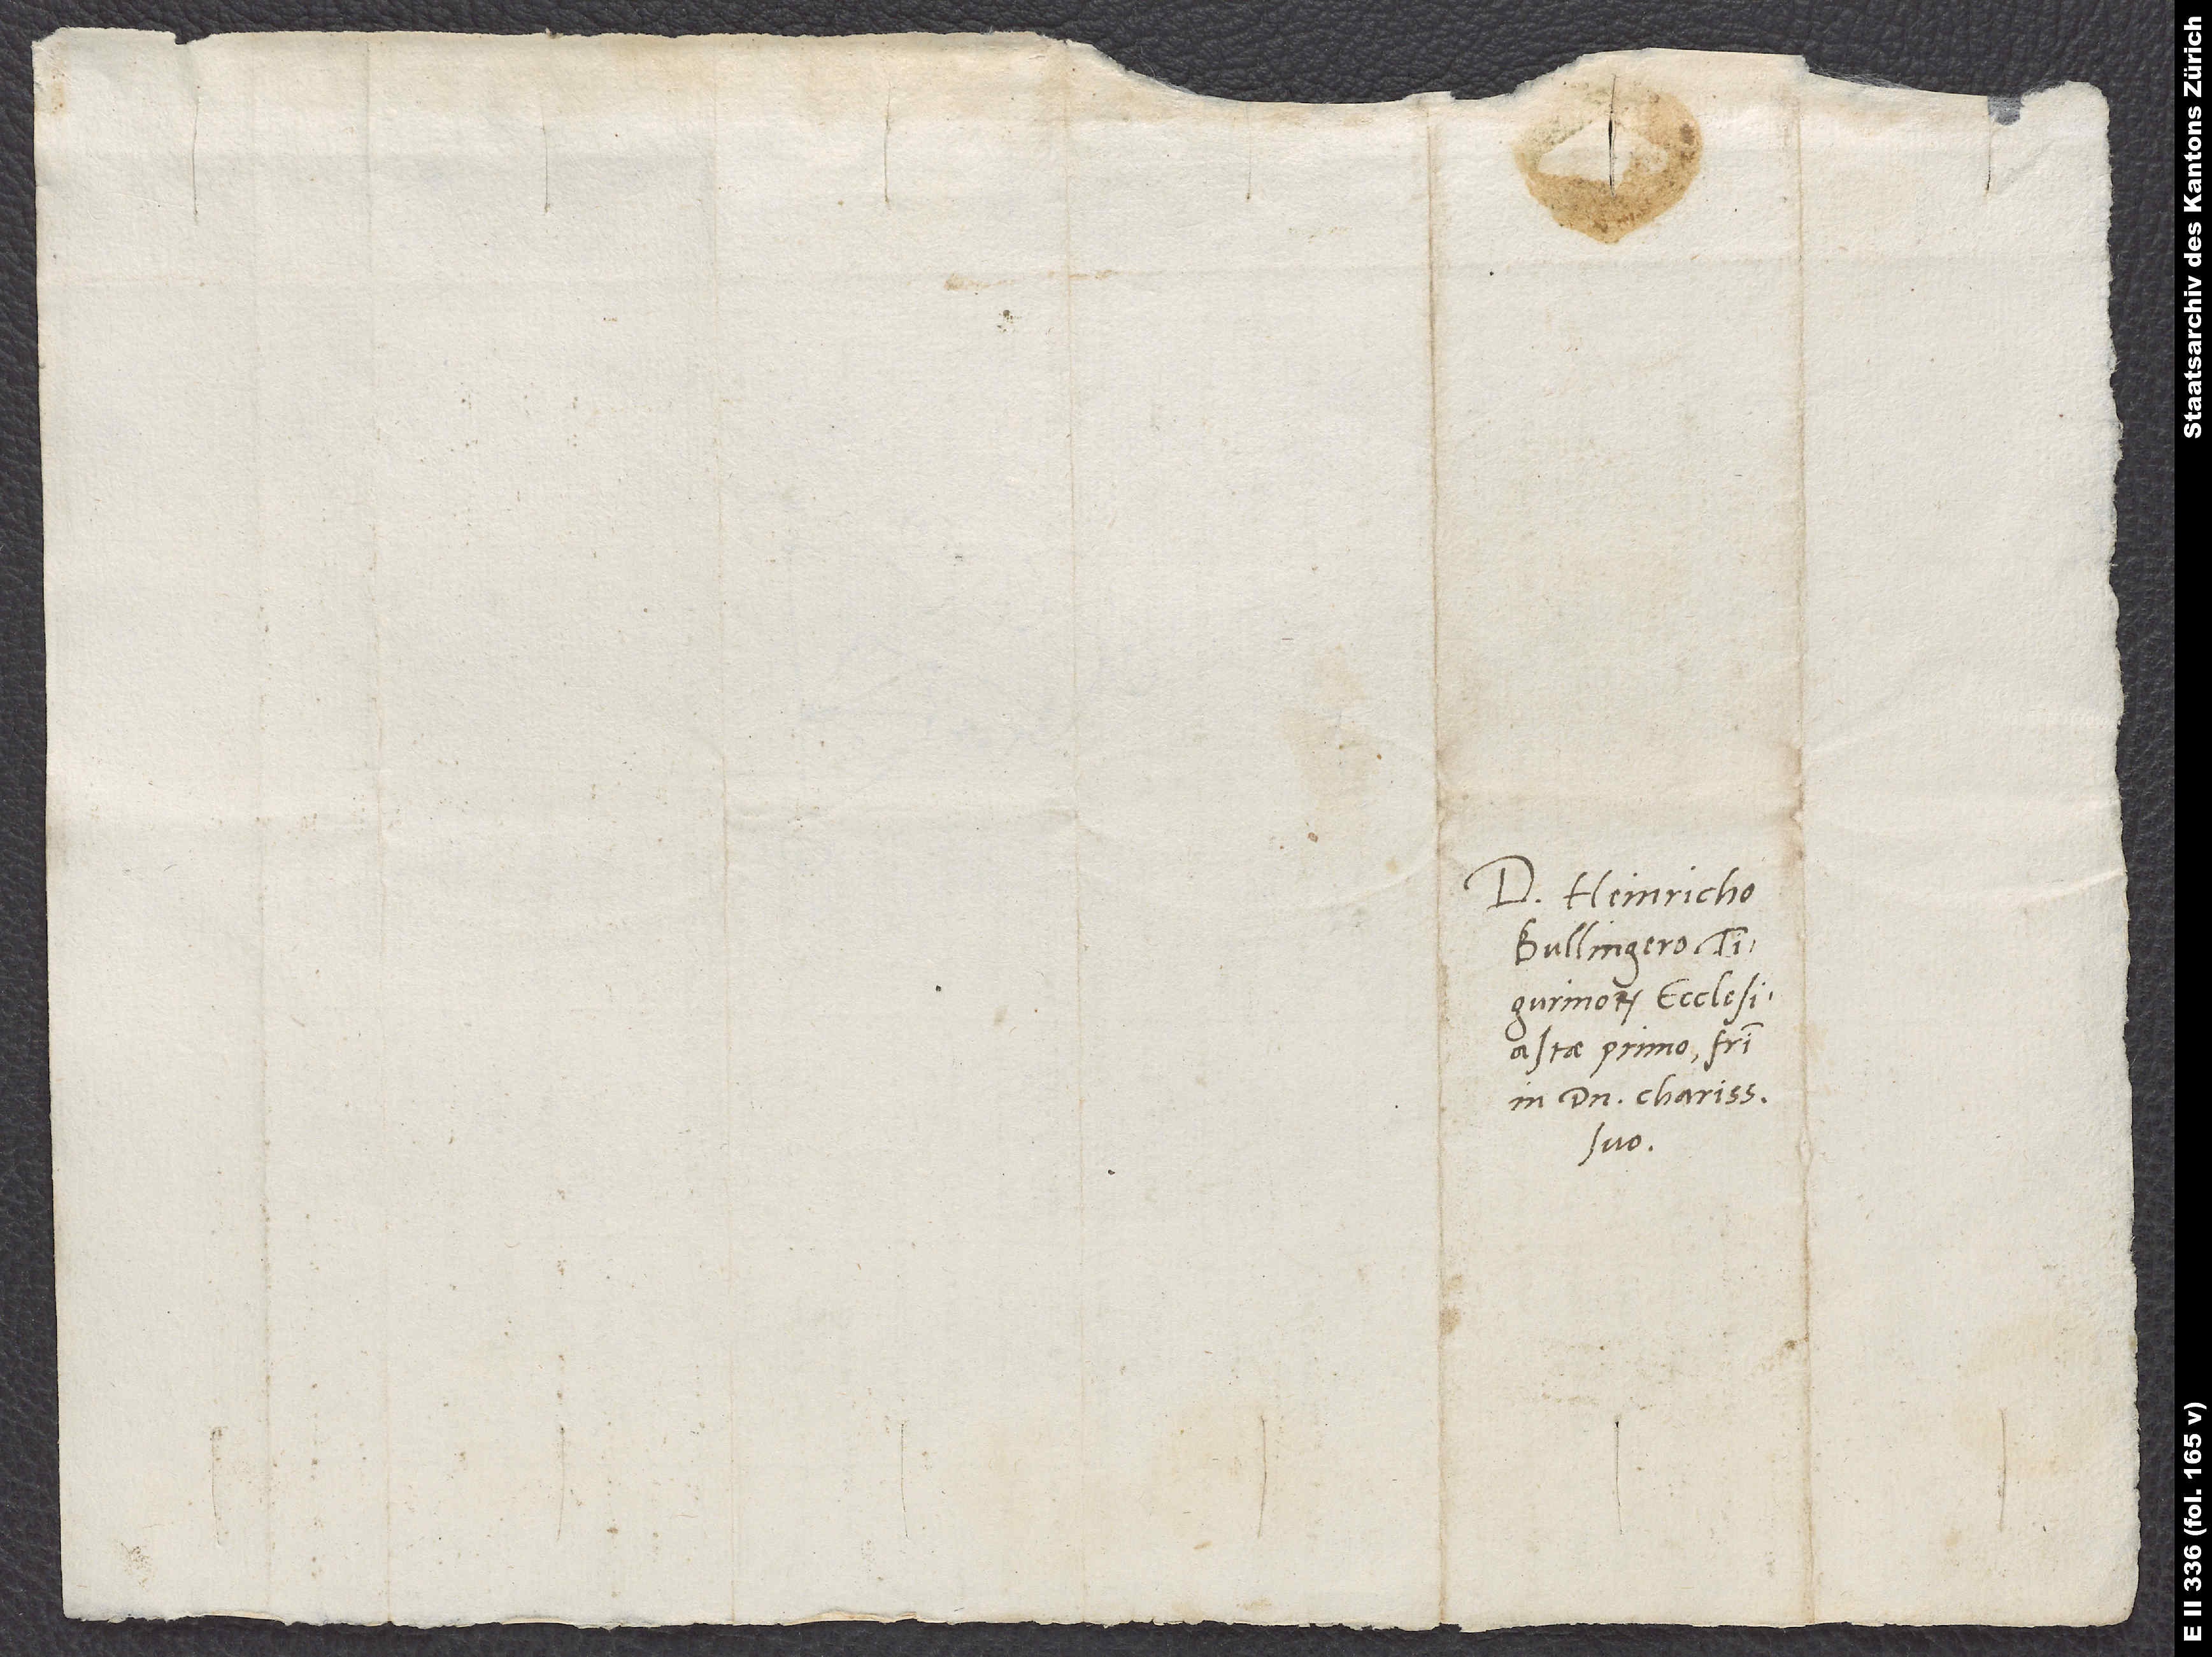
Domino Heinricho
Bullingero,
Tigurinorum ecclesiastae
in domino charissimo
suo.